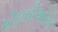
મૌલવીઓએ